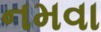
નમવા